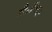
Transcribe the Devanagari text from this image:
डी॰लिट्॰